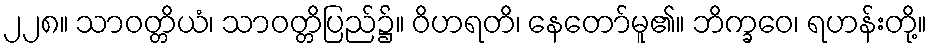
၂၂၈။ သာဝတ္တိယံ၊ သာဝတ္တိပြည်၌။ ဝိဟရတိ၊ နေတော်မူ၏။ ဘိက္ခဝေ၊ ရဟန်းတို့။